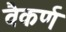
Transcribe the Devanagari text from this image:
वैकर्ण